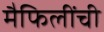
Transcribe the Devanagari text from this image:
मैफिलींची